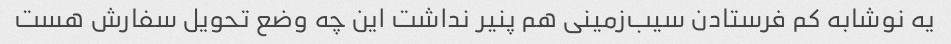
یه نوشابه کم فرستادن سیب‌زمینی هم پنیر نداشت این چه وضع تحویل سفارش هست